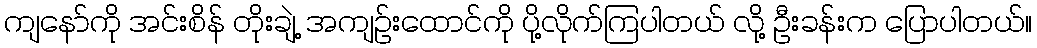
ကျနော်ကို အင်းစိန် တိုးချဲ့ အကျဉ်းထောင်ကို ပို့လိုက်ကြပါတယ် လို့ ဦးခန်းက ပြောပါတယ်။